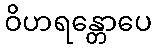
ဝိဟရန္တောပေ